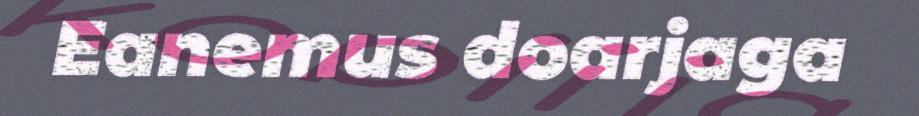
Eanemus doarjaga